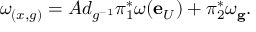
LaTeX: \omega _ { ( x , g ) } = A d _ { g ^ { - 1 } } \pi _ { 1 } ^ { * } \omega ( \mathbf { e } _ { U } ) + \pi _ { 2 } ^ { * } \omega _ { \mathbf { g } } .